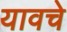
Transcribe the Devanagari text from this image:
यावचे